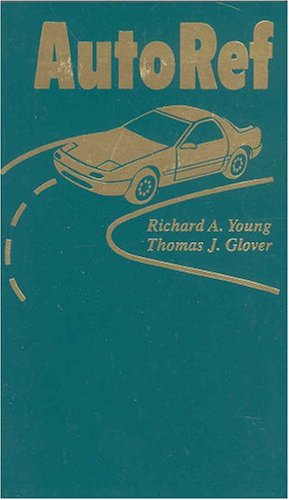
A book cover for AutoRef; Richard A. Young; Travel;